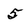
Character: 5